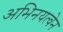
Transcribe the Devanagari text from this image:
अभिनयत्वेन